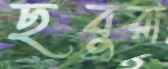
ছবুরা